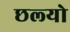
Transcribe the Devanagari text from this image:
छल्‍यो